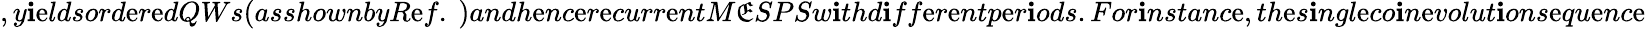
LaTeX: ,y\mathbf{i}\mathrm{e}ldsord\mathrm{e}r\mathrm{e}dQWs(asshownbyR\mathrm{e}f.~)andh\mathrm{e}nc\mathrm{e}r\mathrm{e}curr\mathrm{e}ntM\mathfrak{E}SPSw\mathbf{i}thd\mathbf{i}ff\mathrm{e}r\mathrm{e}ntp\mathrm{e}r\mathbf{i}ods.For\mathbf{i}nstanc\mathrm{e},th\mathrm{e}s\mathbf{i}ngl\mathrm{e}co\mathbf{i}n\mathrm{e}volut\mathbf{i}ons\mathrm{e}qu\mathrm{e}nc\mathrm{e}